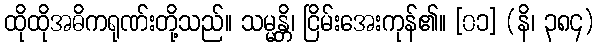
ထိုထိုအဓိကရုဏ်းတို့သည်။ သမ္မန္တိ၊ ငြိမ်းအေးကုန်၏။ [၀၁] (နိ၊ ၃၈၄)